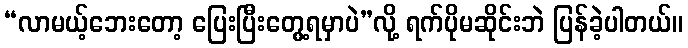
“လာမယ့်ဘေးတော့ ပြေးပြီးတွေ့ရမှာပဲ”လို့ ရက်ပိုမဆိုင်းဘဲ ပြန်ခဲ့ပါတယ်။